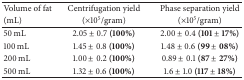
<table><thead><tr><td><b>Volume of fat</b></td><td><b>Centrifugation yield</b></td><td><b>Phase separation yield</b></td></tr><tr><td><b>(mL)</b></td><td><b>(×10<sup>5</sup>/gram)</b></td><td><b>(×10<sup>5</sup>/gram)</b></td></tr></thead><tbody><tr><td>50 mL</td><td>2.05 ± 0.7 <b>(100%)</b></td><td>2.00 ± 0.4 <b>(101 ± 17%)</b></td></tr><tr><td>100 mL</td><td>1.45 ± 0.8 <b>(100%)</b></td><td>1.48 ± 0.6 <b>(99 ± 08%)</b></td></tr><tr><td>200 mL</td><td>1.00 ± 0.2 <b>(100%)</b></td><td>0.89 ± 0.1 <b>(87 ± 27%)</b></td></tr><tr><td>500 mL</td><td>1.32 ± 0.6 <b>(100%)</b></td><td>1.6 ± 1.0 <b>(117 ± 18%)</b></td></tr></tbody></table>